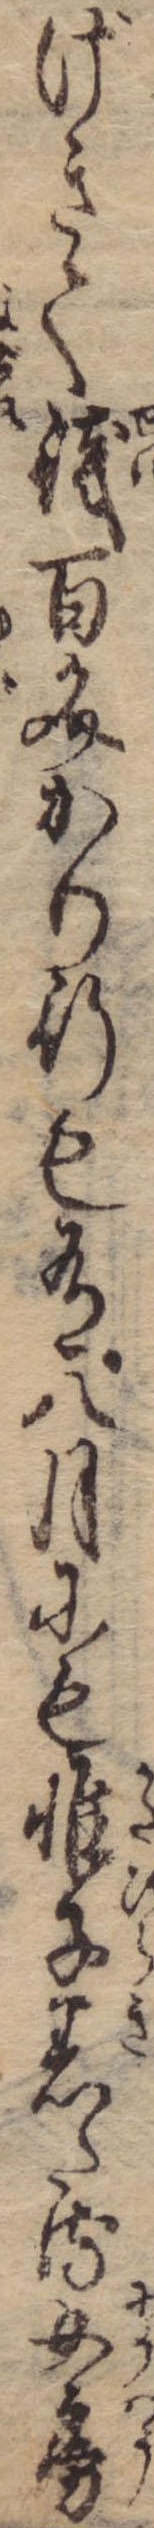
げきて銭百文かり行も有八月にも帷子着たる女房